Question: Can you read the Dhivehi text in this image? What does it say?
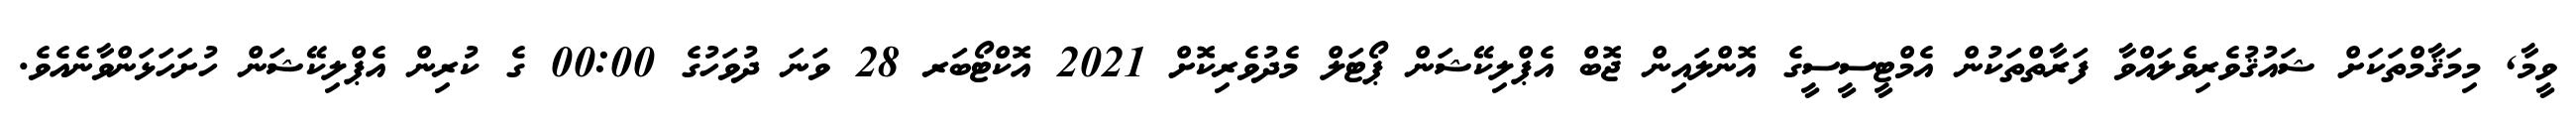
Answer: ވީމާ, މިމަޤާމްތަކަށް ޝައުޤުވެރިވެލައްވާ ފަރާތްތަކުން އެމްޓީސީސީގެ އޮންލައިން ޖޮބް އެޕްލިކޭޝަން ޕޯޓަލް މެދުވެރިކޮށް 2021 އޮކްޓޯބަރ 28 ވަނަ ދުވަހުގެ 00:00 ގެ ކުރިން އެޕްލިކޭޝަން ހުށަހަޅަންވާނެއެވެ.